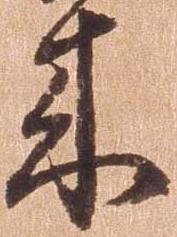
来